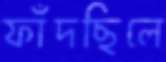
ফাঁদছিলে